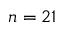
n = 2 1